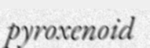
pyroxenoid